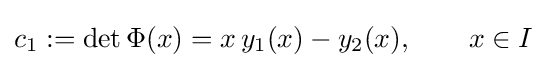
c_{1}:=\det \Phi (x)=x\,y_{1}(x)-y_{2}(x),\qquad x\in I